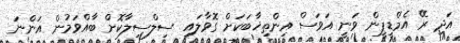
އަދި ރޭ އެމްޑީޕީން ވަނީ އަވަސް އިންތިޚާބަކަށް ގޮވާލައި ސިލްސިލާކޮށް ބާއްވަމުން އަންނަ